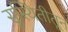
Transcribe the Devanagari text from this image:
सुस्थितीतून